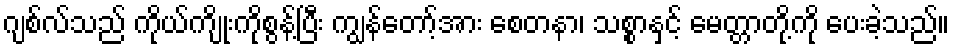
ဂျစ်လ်သည် ကိုယ်ကျိုးကိုစွန့်ပြီး ကျွန်တော့်အား စေတနာ၊ သစ္စာနှင့် မေတ္တာတို့ကို ပေးခဲ့သည်။